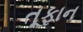
તૂફાન